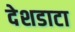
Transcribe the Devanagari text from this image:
देशडाटा